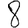
Digit: 8